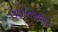
ઉલાનબાટાર